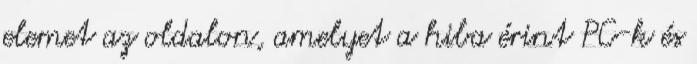
elemet az oldalon, amelyet a hiba érint PC-k és